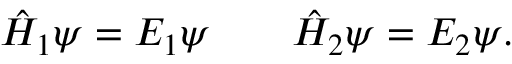
\hat { H } _ { 1 } \psi = E _ { 1 } \psi \qquad \hat { H } _ { 2 } \psi = E _ { 2 } \psi .